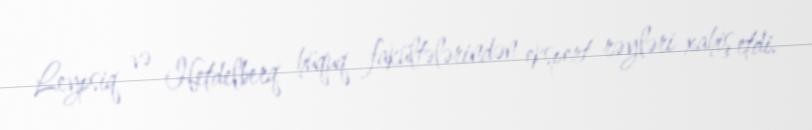
Leypsiq və Hetdelberq hüquq fakültələrindən ekspert rəyləri xahiş etdi.